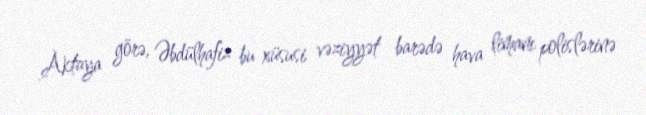
Aktaya görə, Əbdülhafiz bu xüsusi vəziyyət barədə hava limanı polislərinə